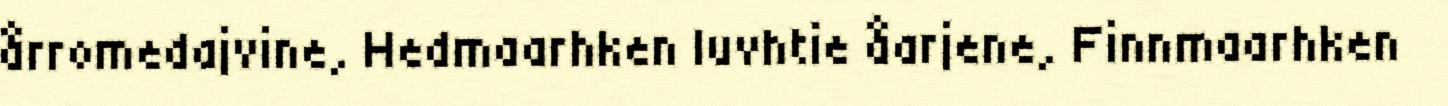
årromedajvine, Hedmaarhken luvhtie åarjene, Finnmaarhken